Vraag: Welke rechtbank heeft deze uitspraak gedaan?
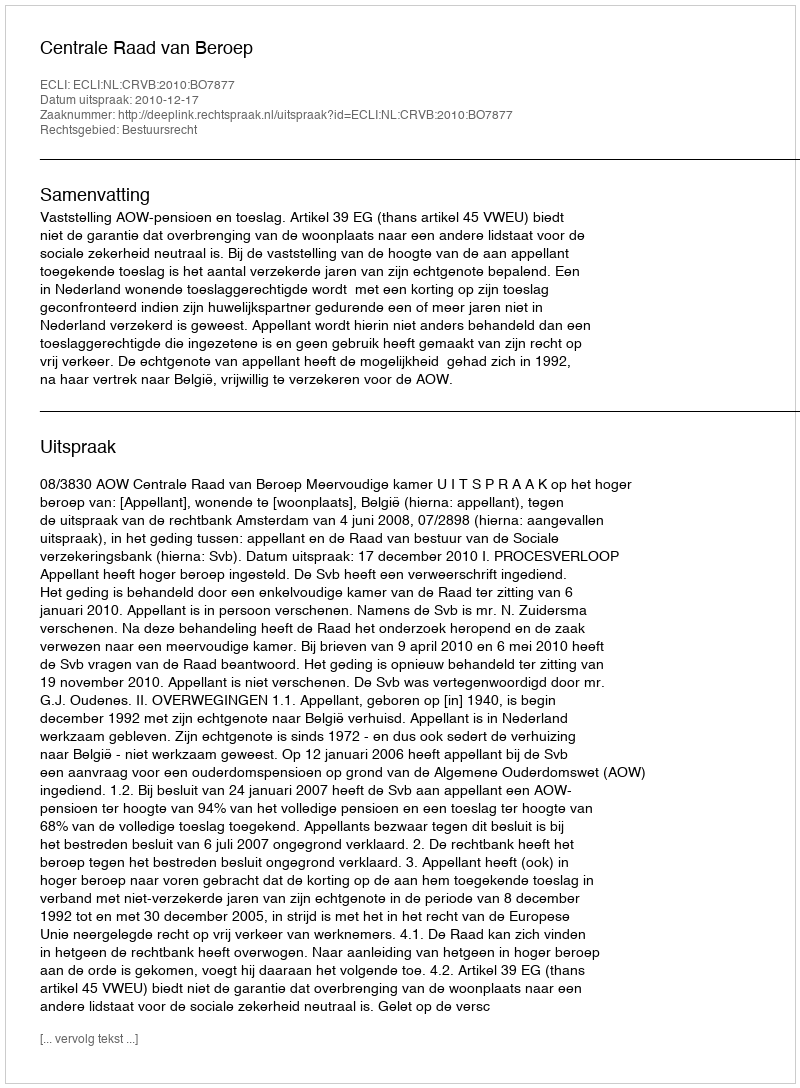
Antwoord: Centrale Raad van Beroep